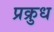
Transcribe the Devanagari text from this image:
प्रक्रुध